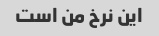
این نرخ من است